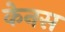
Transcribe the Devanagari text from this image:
केनस